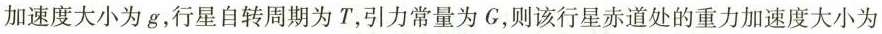
加速度大小为g，行星自转周期为T，引力常量为G，则该行星赤道处的重力加速度大小为